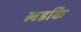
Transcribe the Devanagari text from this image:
लडकि